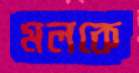
মলকে